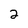
Character: 2